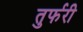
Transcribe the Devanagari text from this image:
तुर्फरी